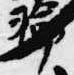
輪